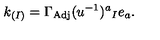
k _ { ( I ) } = \Gamma _ { \mathrm { A d j } } ( u ^ { - 1 } ) ^ { a } { } _ { I } e _ { a } .